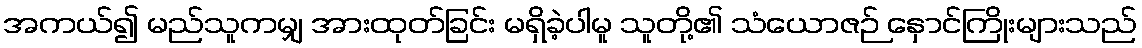
အကယ်၍ မည်သူကမျှ အားထုတ်ခြင်း မရှိခဲ့ပါမူ သူတို့၏ သံယောဇဉ် နှောင်ကြိုးများသည်